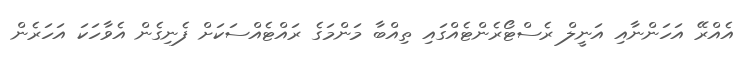
އެއްރޭ އަހަންނާއި އަނީލް ރެސްޓޯރެންޓެއްގައި ތިއްބާ މަންމަގެ ރައްޓެއްސަކަށް ފެނިގެން އެވާހަކަ އަހަރެން